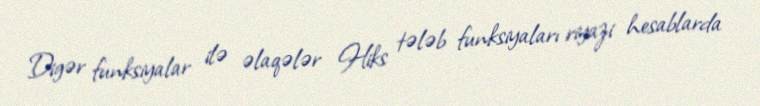
Digər funksiyalar ilə əlaqələr Hiks tələb funksiyaları riyazi hesablarda